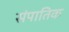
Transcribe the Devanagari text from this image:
संपातिक